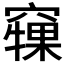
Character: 𥨘